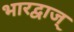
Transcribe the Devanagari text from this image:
भारद्वाज्